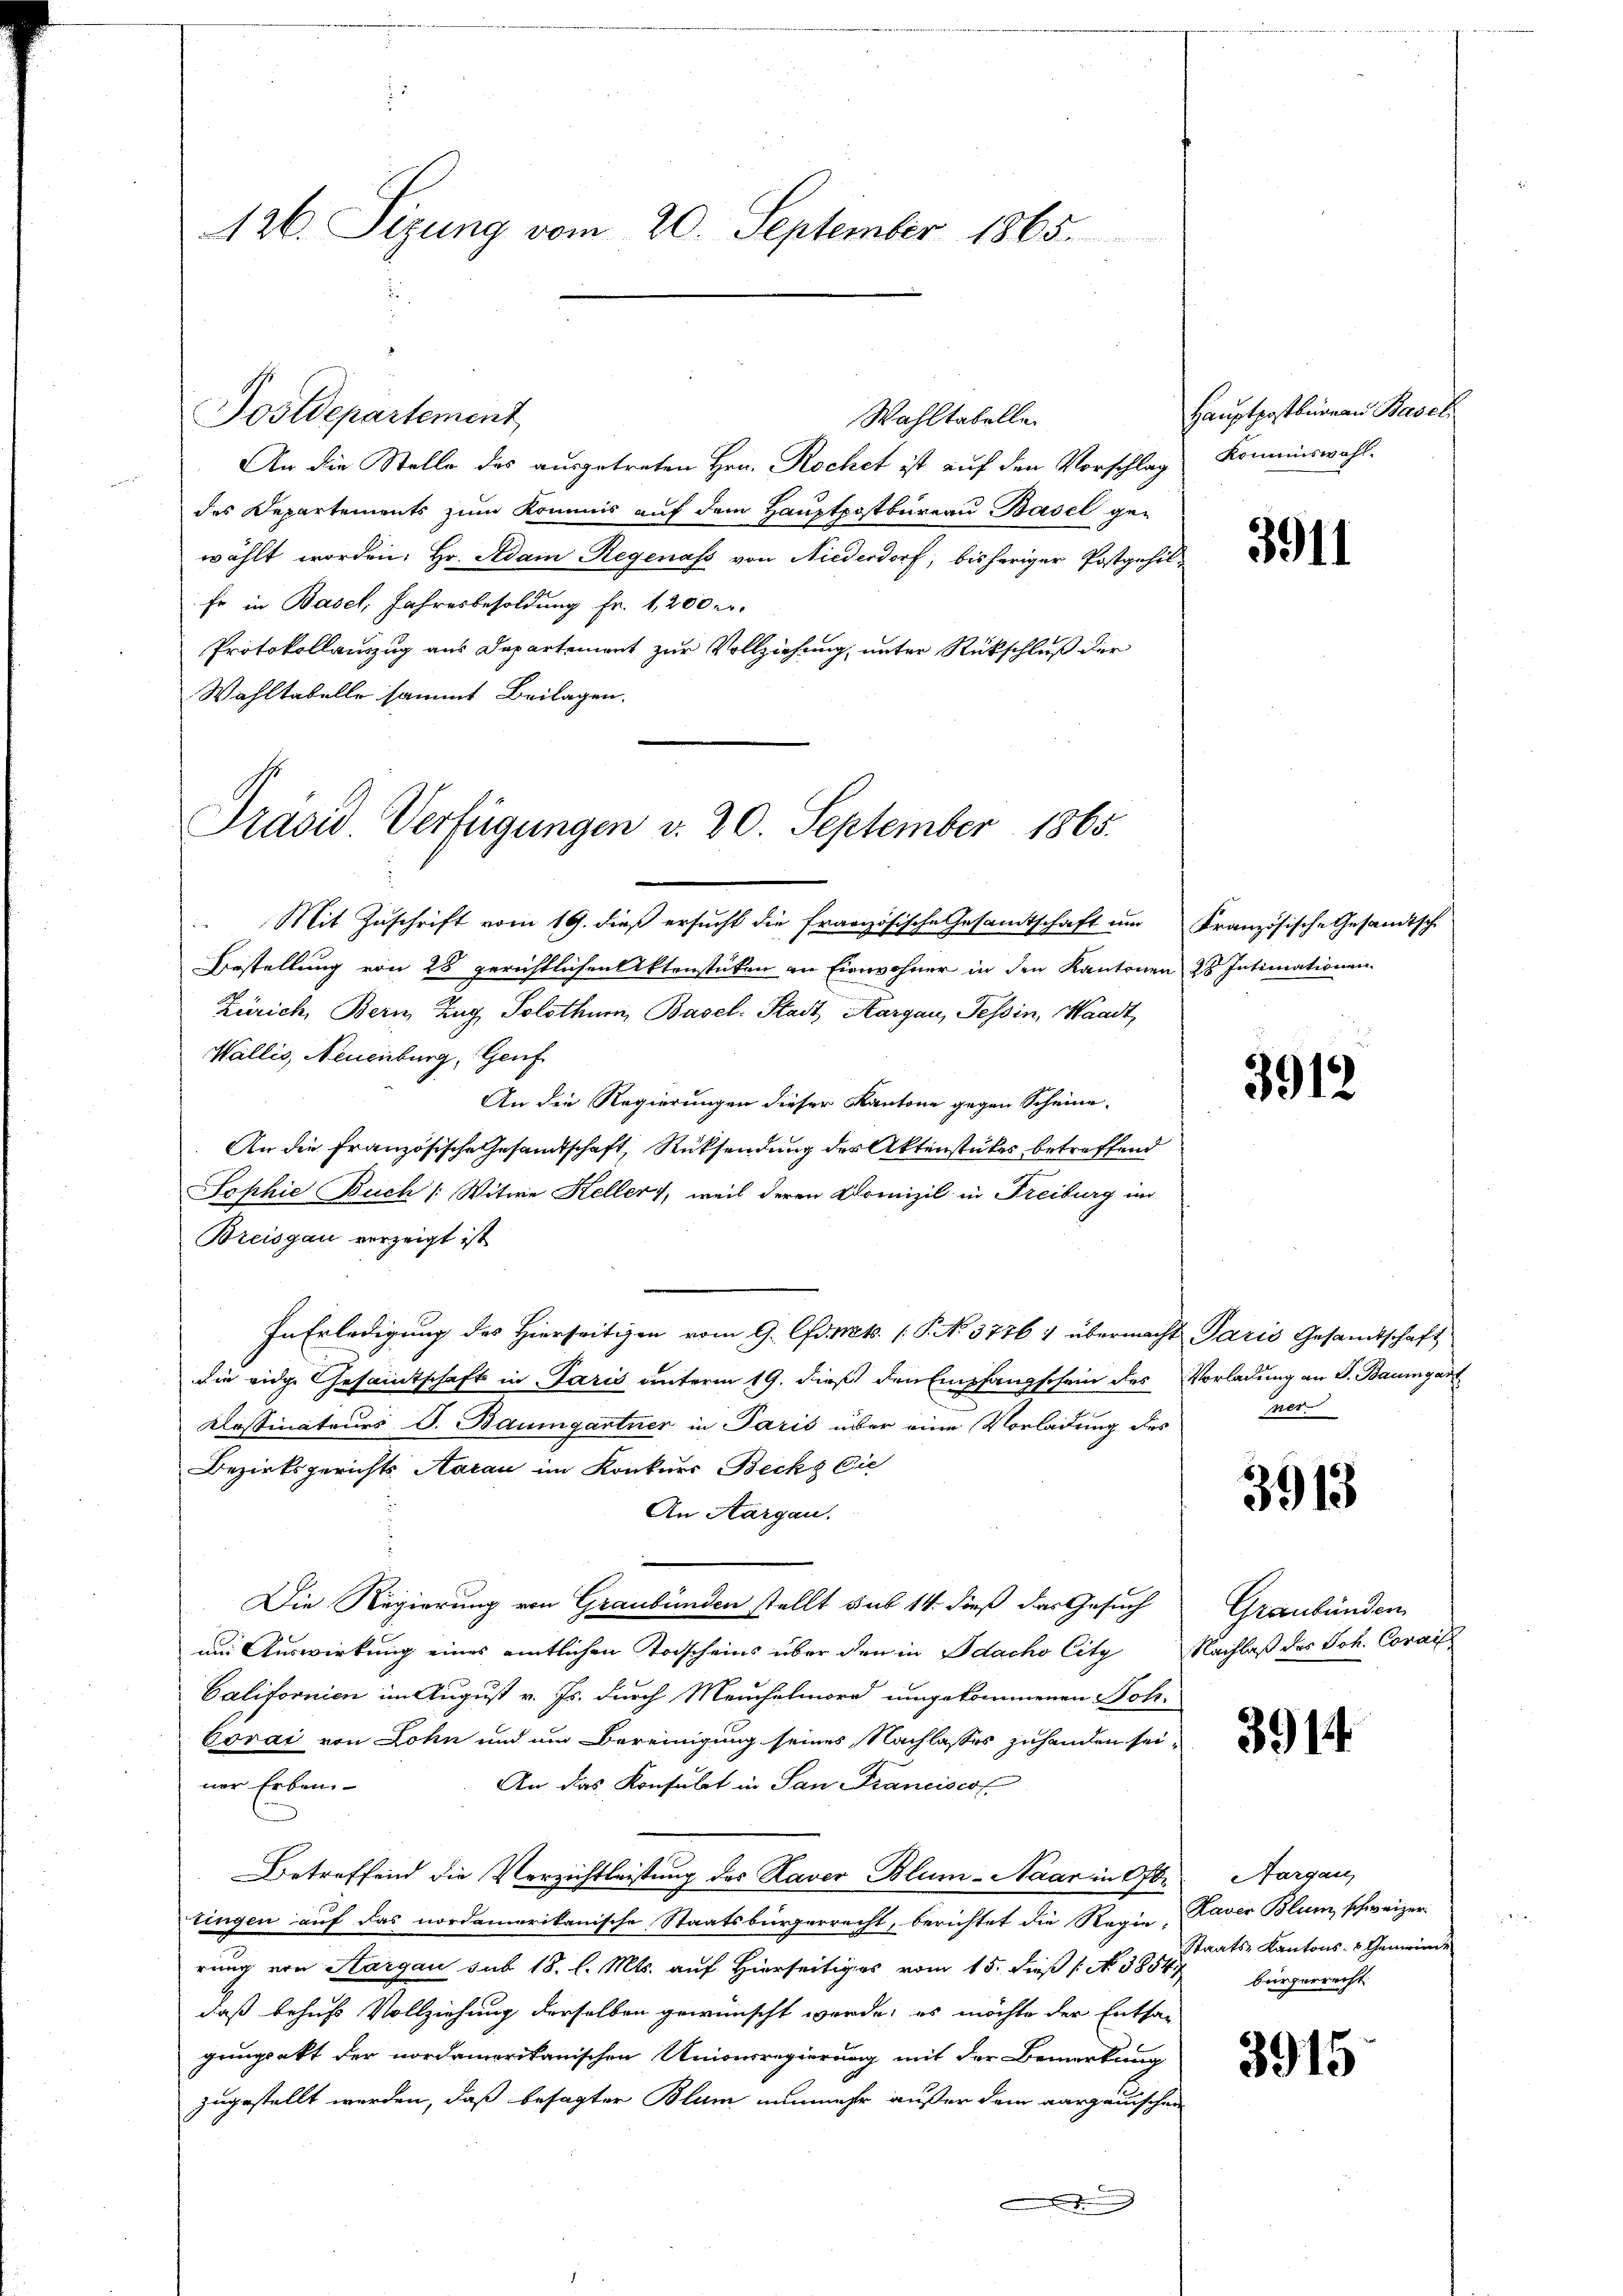
126. Sizung vom 20. September 1865.

Wahltabelle
An die Stelle des ausgetreten Hrn. Rochet ist auf den Vorschlag kommiswahl.
des Departements zum Kommis auf dem Hauptpostbureau Basel gewählt worden. Hr. Adam Regenass von Niederdorf, bisheriger Postgehil¬
Er in Basel, Jahresbesoldung fr. 1,200 m.
Protokollauszug aus Departement zur Vollziehung, unter Rückschluß der
Wahltabelle sammt Beilagen.

Postdepartement

Präsid. Verfügungen v. 20. September 1865.

Mit Zuschrift vom 19. dieß ersucht die französische Gesamtschaft um Französische Gesandtsche
Bestellung von 28 gerichtlichen Aktenstücken an Einwohner in den Kantonen 28 Intimationen
Zürich, Bern Zug Solothurn, Basel-Stadt Aargau, Tessin, Waadt,
Wallis, Neuenburg, Genf
An die Regierungen dieser Kantone gegen Scheine
An die französische Gesamtschaft, Rücksendung der Aktenstückes betreffend
Sophie Buch [Witwe Keller, weil deren Domizil in Freiburg im
Breisgau verzeigt ist
In Erledigung des Hierseitigen vom 9. Okt. 1 P. Nr. 3776 1 übermacht Paris Gesamtschaft
die eidge Gesamtschaft in Paris unterm 19. dieß den Empfangschein des Vorladung an S. Baumgart
Kessinateurs J. Baumgartner in Paris über eine Vorladung des ver-
Bezirksgerichts Aarau im Konkurs Becks Die
An Aargau.
Die Regierung von Graubünden stellt sub 14. dieß das Gesuch
um Auswirkung eines amtlichen Todscheins über den in Idacho Citg
Californien im August v. Js. durch Meuchelmord umgekommenen Joh.
Corar von Lohn und um Bereinigung seines Nachlasses zuhanden sei,
ner Erben
An das Konsulat in San Francisco
Betreffend die Verzichtleistung des Kaver Blum-Naar in Ober-Aargau,
tingen auf das nordamerikanische Staatsbürgerrecht, berichtet die Regie-Raver Blum, schweizer-
rung von Aargau sub 18. l. Mts. auf Hierseitiges vom 15. dieß (N. 38541 bürgerrecht
daß behufs Vollziehung derselben gewünscht werde; es möchte der Entsagungsakt der nordamerikanischen Unionsregierung mit der Bemerkung
zugestellt werden, daß besagter Blum nunmehr außer dem aargauischen

Hauptpostbureau Basel

3911

3912

3915

Graubünden
Nachlaß des Joh. Corall

391

Staats-Kantons- & Gemeinde

3915